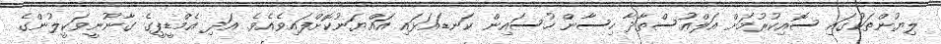
ލިޔުންތަކުގައި ސޮއިކުރުމަށް އަލްއުސްތާޛާ ހިސާން ހުސައިން ކަނޑައަޅައި އައްޔަނުކޮށްފައިވެއެވެ. އަދި އެމްޑީޕީގެ ގާނޫނީވަކީލުންގެ